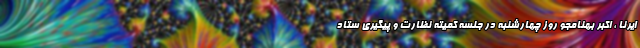
ایرنا ، اکبر بهنامجو روز چهارشنبه در جلسه کمیته نظارت و پیگیری ستاد